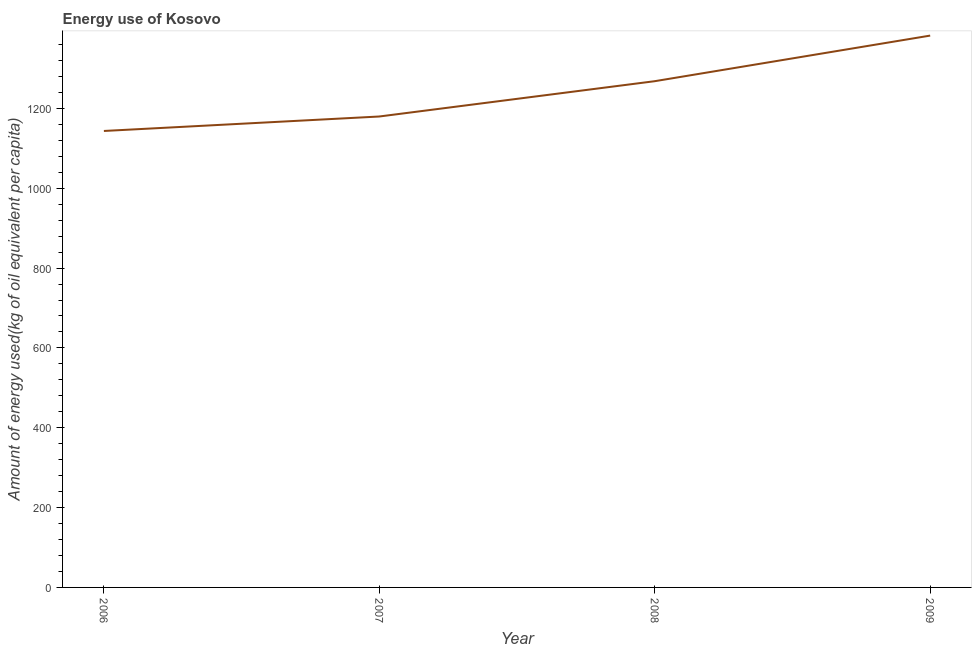
| Year | Energy use  |
 | --- | --- |
 | 2006 | 1.14e+03 |
 | 2007 | 1.18e+03 |
 | 2008 | 1.27e+03 |
 | 2009 | 1.38e+03 |